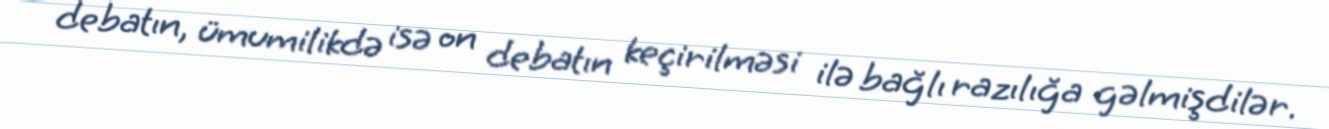
debatın, ümumilikdə isə on debatın keçirilməsi ilə bağlı razılığa gəlmişdilər.